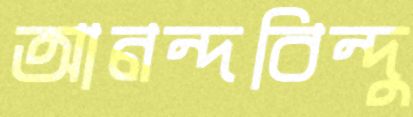
আনন্দবিন্দু